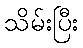
သိမ်းပြီး